Leaving Certificate, 1900
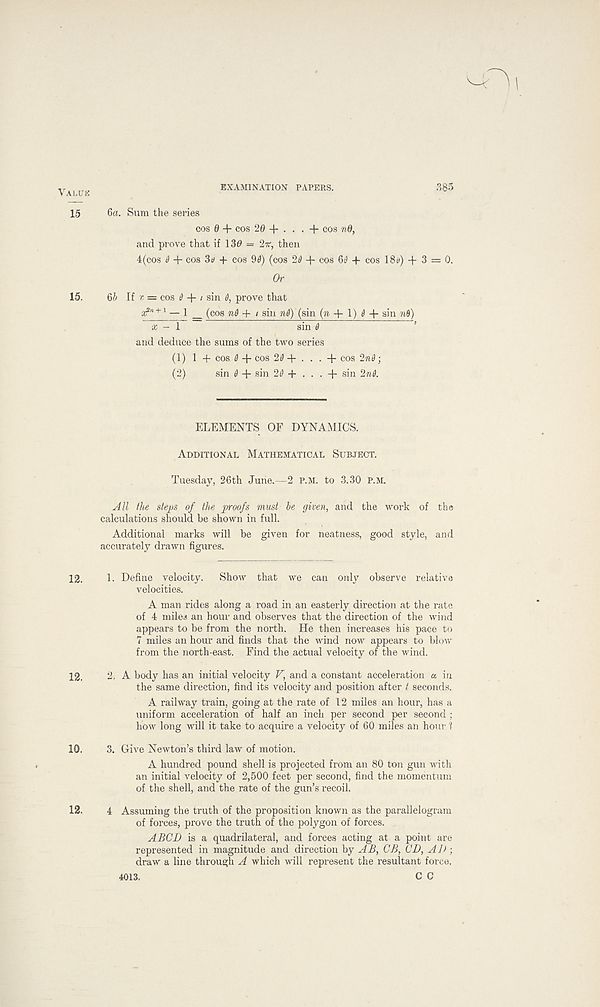
Valuk
EXAMINATION PAPERS.
385
15 6a. Sum the series
cos 0 + cos 20 + . . . + cos nd,
and prove that if 130 = 27r, then
4(cos ^ + cos 3iy + cos 90) (cos 20 + cos 60 + cos 18&) + 3 = 0.
Or
15. 65 [f r, — cos 0 + / sin 0, prove that
af ! ' 1 +1 — J _ (cos w0 + t sin «,0) (sin (ti + 1) 0 + sin w9)
a; - 1
sin 0
and deduce the sums of the two series
(1) 1 + cos 0 + cos 20 + . . . + cos 2nd;
(2) sin 0 + sin 20 + . . . + sin 2nd.
ELEMENTS OF DYNAMICS.
Additional Mathematical Subject.
Tuesday, 26th June.—2 P.M. to 3.30 P.M.
All the steps of the proofs must be given, and the work of the
calculations should be shown in full.
Additional marks will be given for neatness, good style, and
accurately drawn figures.
12. 1. Define velocity. Show that we can only observe relative
velocities.
A man rides along a road in an easterly direction at the rate
of 4 miles an hour and observes that the direction of the wind
appears to be from the north. He then increases his pace to
7 miles an hour and finds that the wind now appears to blow
from the north-east. Find the actual velocity of the wind.
12. 2, A body has an initial velocity V, and a constant acceleration a in
the same direction, find its velocity and position after t seconds.
A railway train, going at the rate of 12 miles an hour, has a
uniform acceleration of half an inch per second per second;
how long will it take to acquire a velocity of 60 miles an hour ' !
10. 3. Give Newton’s third law of motion.
A hundred pound shell is projected from an 80 ton gun with
an initial velocity of 2,500 feet per second, find the momentum
of the shell, and the rate of the gun’s recoil.
12. 4 Assuming the truth of the proposition known as the parallelogram
of forces, prove the truth of the polygon of forces.
A BCD is a quadrilateral, and forces acting at a point are
represented in magnitude and direction by AB, CB, CD, AD ;
draw a line through A which will represent the resultant force.
4013.
C C